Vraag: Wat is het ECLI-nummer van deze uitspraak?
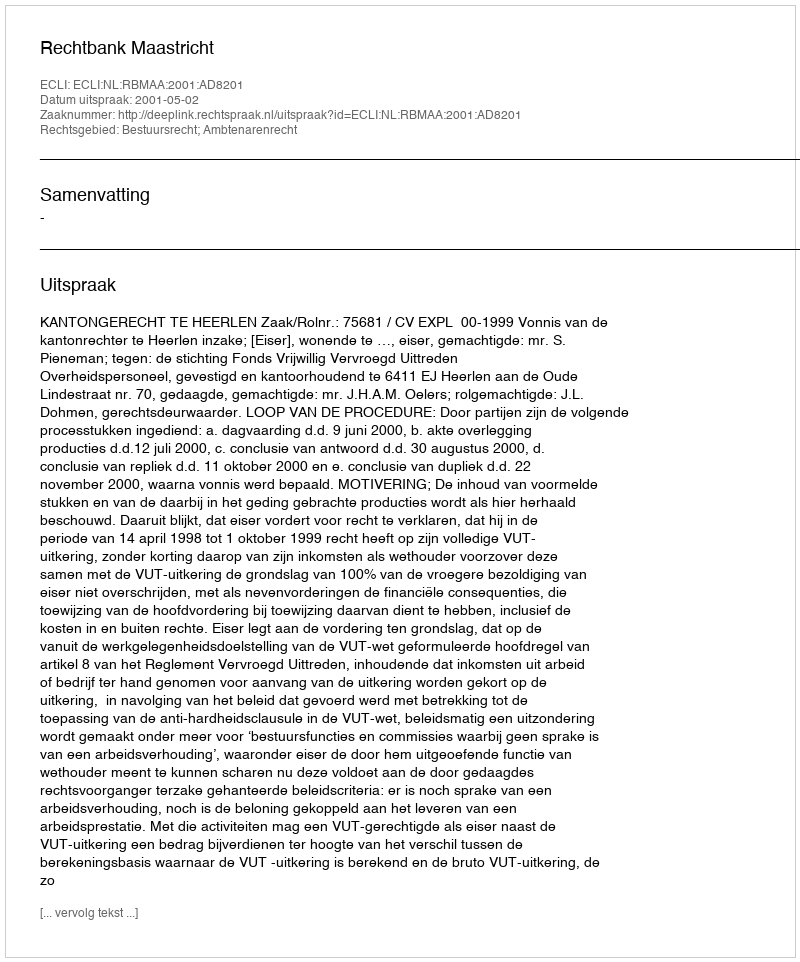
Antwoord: ECLI:NL:RBMAA:2001:AD8201